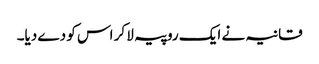
قانیہ نے ایک روپیہ لا کر اس کو دے دیا۔